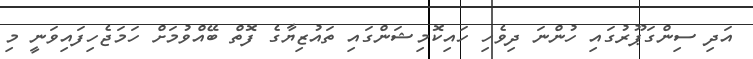
އަދި ސިންގަޕޫރުގައި ހުންނަ ދިވެހި ހައިކޮމިޝަންގައި ތައުޒިޔާގެ ފޮތް ބޭއްވުމަށް ހަމަޖެހިފައިވަނީ މި